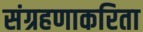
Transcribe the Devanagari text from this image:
संग्रहणाकरिता